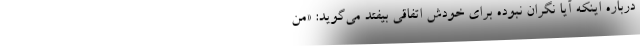
درباره اینکه آیا نگران نبوده برای خودش اتفاقی بیفتد می‌گوید: «من